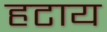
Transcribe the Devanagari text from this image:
हटाय